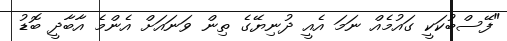
"ފޭސްބުކަކީ ގައުމެއް ނަމަ އެއީ ދުނިޔޭގެ ތިން ވަނައަށް އެންމެ އާބާދީ ބޮޑު